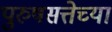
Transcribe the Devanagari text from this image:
पुरुषसत्तेच्या